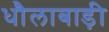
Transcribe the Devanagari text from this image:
धौलाबाड़ी